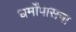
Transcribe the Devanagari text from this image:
धर्मोंपासना